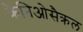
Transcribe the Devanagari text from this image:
क्रैनिओसैक्रल